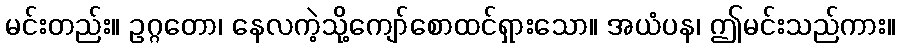
မင်းတည်း။ ဥဂ္ဂတော၊ နေလကဲ့သို့ကျော်စောထင်ရှားသော။ အယံပန၊ ဤမင်းသည်ကား။